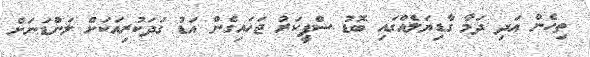
ތިހެން އަދި ދަމާ ގާޑިޔަލެއްގައި ބޮޑު ސްޕީކަރު ޖަހައިގެން އަޑު ގަދަކުރިއަކަށް ލަންޑަނަށް